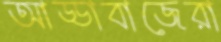
আড্ডাবাজেরা